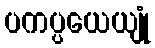
ပကပ္ပယေယျုံ